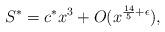
LaTeX: \begin{align*}S^{*}=c^{*}x^{3}+O(x^{\frac{14}{5}+\epsilon}), \end{align*}